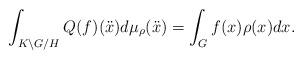
LaTeX: \begin{align*}\int_{K \backslash G / H} Q(f) (\ddot{x})d\mu_\rho(\ddot{x})=\int_G f(x) \rho(x)dx.\end{align*}